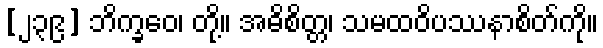
[၂၃၉] ဘိက္ခဝေ၊ တို့။ အဓိစိတ္တ၊ သမထဝိပဿနာစိတ်ကို။